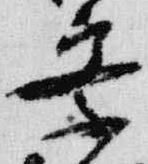
察